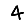
Digit: 4